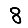
Digit: 8